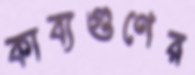
কাব্যগুণের